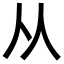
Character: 从